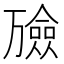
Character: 𪜇